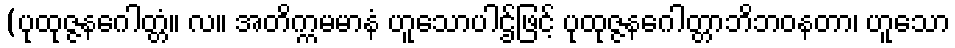
(ပုထုဇ္ဇနဂေါတ္တံ။ လ။ အတိက္ကမမာနံ ဟူသောပါဌ်ဖြင့် ပုထုဇ္ဇနဂေါတ္တာဘိဘဝနတာ၊ ဟူသော